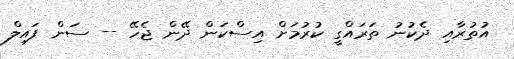
އުތުރާއި ދެކުނު ތަރައްގީ ކުރުމަށް އިސްކަން ދޭން ޖެހޭ -- ސަން ފައިލް